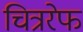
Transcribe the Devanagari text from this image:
चित्ररेफ